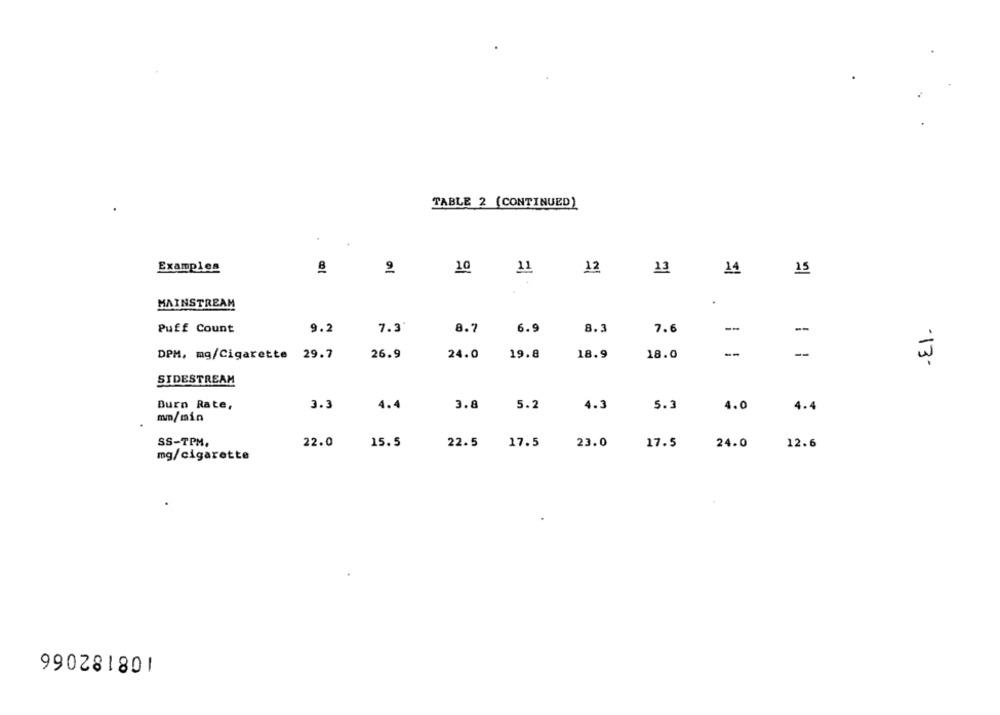
TABLE 2 (CONTINUED)
Examples
2
10
11
12
13
14
15
.
MAINSTREAM
Puff Count
9.2
8.3
--
-El.
7.3
8.7
6.9
7.6
DPM, mg/Cigarette 29.7
26.9
24.0
19.8
18.9
18.0
--
SIDESTREAM
Burn Rate,
3.3
4.4
3.8
5.2
4.3
5.3
4.0
4.4
mm/min
SS-TPM,
22.0
15.5
22.5
17.5
23.0
17.5
24.0
12.6
mg/cigarette
990281801